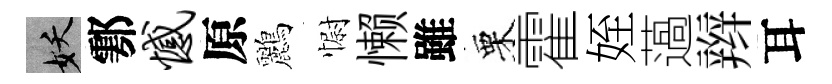
妖鄠憾原鸝𢠢懒雖栗霍姪薖辫耳